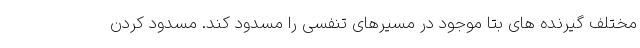
مختلف گیرنده های بتا موجود در مسیرهای تنفسی را مسدود کند. مسدود کردن